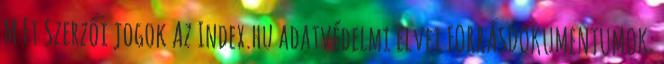
M Ft Szerzői jogok Az Index.hu adatvédelmi elvei FORRÁSDOKUMENTUMOK: